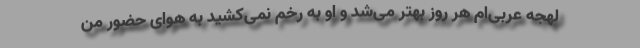
لهجه عربی‌ام هر روز بهتر می‌شد و او به رخم نمی‌کشید به هوای حضور من